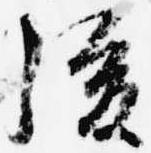
後